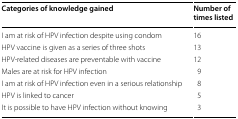
<table><thead><tr><td><b>Categories of knowledge gained</b></td><td><b>Number of times listed</b></td></tr></thead><tbody><tr><td>I am at risk of HPV infection despite using condom</td><td>16</td></tr><tr><td>HPV vaccine is given as a series of three shots</td><td>13</td></tr><tr><td>HPV-related diseases are preventable with vaccine</td><td>12</td></tr><tr><td>Males are at risk for HPV infection</td><td>9</td></tr><tr><td>I am at risk of HPV infection even in a serious relationship</td><td>8</td></tr><tr><td>HPV is linked to cancer</td><td>5</td></tr><tr><td>It is possible to have HPV infection without knowing</td><td>3</td></tr></tbody></table>